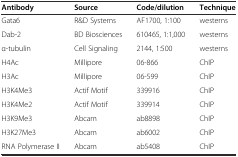
<table><thead><tr><td><b>Antibody</b></td><td><b>Source</b></td><td><b>Code/dilution</b></td><td><b>Technique</b></td></tr></thead><tbody><tr><td>Gata6</td><td>R&amp;D Systems</td><td>AF1700, 1:100</td><td>westerns</td></tr><tr><td>Dab-2</td><td>BD Biosciences</td><td>610465, 1:1,000</td><td>westerns</td></tr><tr><td>α-tubulin</td><td>Cell Signaling</td><td>2144, 1:500</td><td>westerns</td></tr><tr><td>H4Ac</td><td>Millipore</td><td>06-866</td><td>ChIP</td></tr><tr><td>H3Ac</td><td>Millipore</td><td>06-599</td><td>ChIP</td></tr><tr><td>H3K4Me3</td><td>Actif Motif</td><td>339916</td><td>ChIP</td></tr><tr><td>H3K4Me2</td><td>Actif Motif</td><td>339914</td><td>ChIP</td></tr><tr><td>H3K9Me3</td><td>Abcam</td><td>ab8898</td><td>ChIP</td></tr><tr><td>H3K27Me3</td><td>Abcam</td><td>ab6002</td><td>ChIP</td></tr><tr><td>RNA Polymerase II</td><td>Abcam</td><td>ab5408</td><td>ChIP</td></tr></tbody></table>